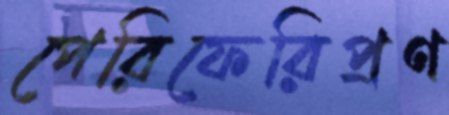
পেরিফেরিপ্রণ